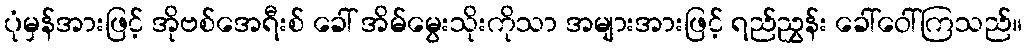
ပုံမှန်အားဖြင့် အိုဗစ်အေရီးစ် ခေါ် အိမ်မွေးသိုးကိုသာ အများအားဖြင့် ရည်ညွှန်း ခေါ်ဝေါ်ကြသည်။